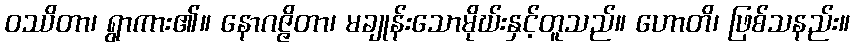
ဝဿိတာ၊ ရွာကား၏။ နောဂဇ္ဇိတာ၊ မချုန်းသောမိုဃ်းနှင့်တူသည်။ ဟောတိ၊ ဖြစ်သနည်း။